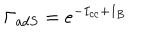
LaTeX: \Gamma _ { a d S } = e ^ { - I _ { c c } + I _ { B } }